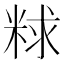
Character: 𫃁